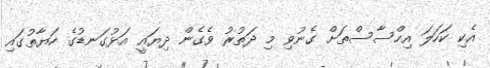
އެކި ކަހަލަ އިހްސާސްތަށް ގެނުވި މި ދަތުރު ވެގެން ދިޔައީ އަޅުގަނޑުގެ ހަޔާތުގައި